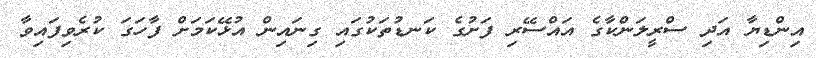
އިންޑިޔާ އަދި ސްރީލަންކާގެ އައްސޭރި ފަށުގެ ކަނޑުތަކުގައި ގިނައިން އުޅޭކަމަށް ފާހަގަ ކުރެވިފައިވާ